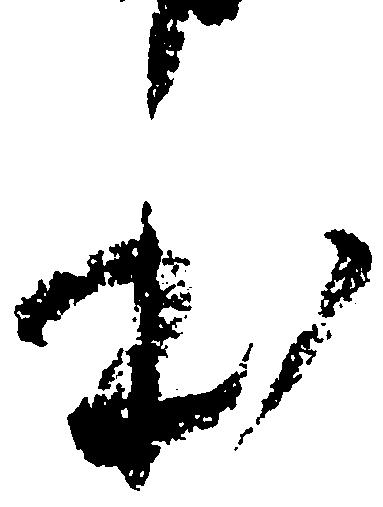
本